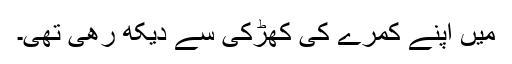
میں اپنے کمرے کی کھڑکی سے دیکھ رھی تھی۔